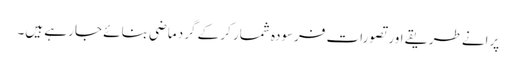
پرانے طریقے اور تصورات فرسودہ شمار کر کے گرد ماضی بنائے جا رہے ہیں۔